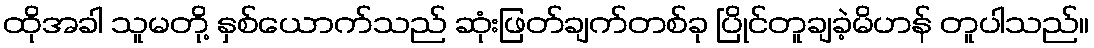
ထိုအခါ သူမတို့ နှစ်ယောက်သည် ဆုံးဖြတ်ချက်တစ်ခု ပြိုင်တူချခဲ့မိဟန် တူပါသည်။